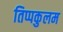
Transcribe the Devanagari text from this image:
तिप्पकुलम